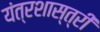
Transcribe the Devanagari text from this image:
यंत्रशास्त्री